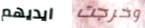
ايديهم وخرجت